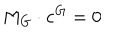
LaTeX: M _ { G } \cdot \mathbf { c } ^ { G } = 0